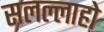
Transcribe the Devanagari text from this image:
सलल्लाहो